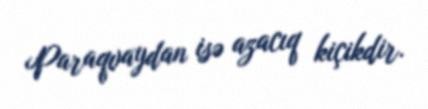
Paraqvaydan isə azacıq kiçikdir.